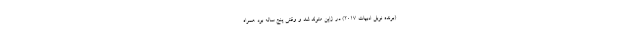
(برنده نوبل ادبیات 2017) در ژاپن متولد شد و وقتی پنج ساله بود همراه